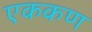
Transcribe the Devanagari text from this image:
एककण